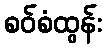
စဝ်စံထွန်း